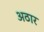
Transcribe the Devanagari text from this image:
अठार